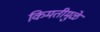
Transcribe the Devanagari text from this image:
किमतीमुळे